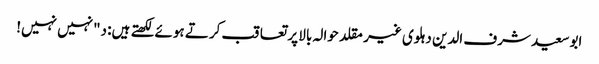
ابوسعید شرف الدین دہلوی غیر مقلد حوالہ بالا پر تعاقب کرتے ہوئے لکھتے ہیں: د"نہیں نہیں!